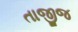
તાજીજ